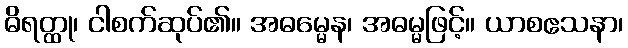
ဓိရတ္ထု၊ ငါစက်ဆုပ်၏။ အဓမ္မေန၊ အဓမ္မဖြင့်။ ယာစဧသနာ၊